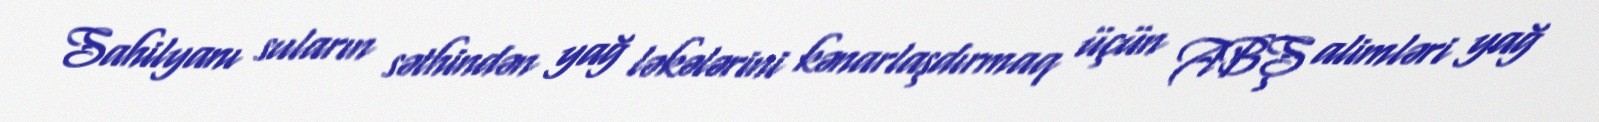
Sahilyanı suların səthindən yağ ləkələrini kənarlaşdırmaq üçün ABŞ alimləri yağ